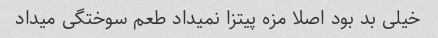
خیلی بد بود اصلا مزه پیتزا نمیداد طعم سوختگی میداد